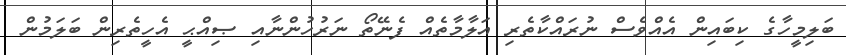
ބަލިމީހާގެ ކިބައިން އެއްވެސް ނުރައްކާތެރި އަލާމާތެއް ފެނޭތޯ ނަރުހުންނާއި ޞިއްޙީ އެހީތެރިން ބަލަމުން